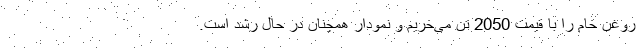
روغن خام را با قیمت 2050 تن می‌خریم و نمودار همچنان در حال رشد است.